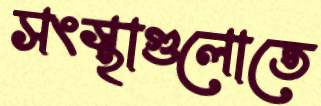
সংস্থাগুলোতে